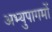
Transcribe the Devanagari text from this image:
अभ्युपागमों